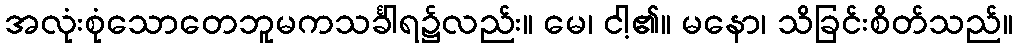
အလုံးစုံသောတေဘူမကသင်္ခါရ၌လည်း။ မေ၊ ငါ့၏။ မနော၊ သိခြင်းစိတ်သည်။